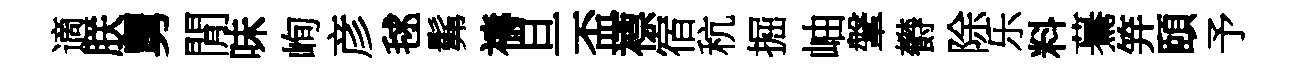
適朕舅閒味峋彦毬髴禱旦盃褾宿秔掘岫鞶欎除乐料驀笄頤予